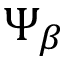
\Psi _ { \beta }